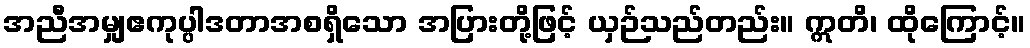
အညီအမျှဧကုပ္ပါဒတာအစရှိသော အပြားတို့ဖြင့် ယှဉ်သည်တည်း။ ဣတိ၊ ထိုကြောင့်။